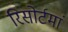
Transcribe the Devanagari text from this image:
रिसोर्टमां